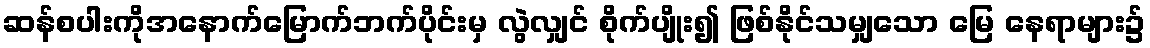
ဆန်စပါးကိုအနောက်မြောက်ဘက်ပိုင်းမှ လွဲလျှင် စိုက်ပျိုး၍ ဖြစ်နိုင်သမျှသော မြေ နေရာများ၌